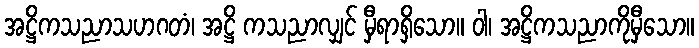
အဋ္ဌိကသညာသဟဂတံ၊ အဋ္ဌိ ကသညာလျှင် မှီရာရှိသော။ ဝါ၊ အဋ္ဌိကသညာကိုမှီသော။